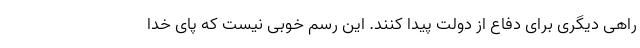
راهی دیگری برای دفاع از دولت پیدا کنند. این رسم خوبی نیست که پای خدا